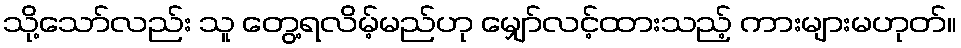
သို့သော်လည်း သူ တွေ့ရလိမ့်မည်ဟု မျှော်လင့်ထားသည့် ကားများမဟုတ်။